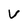
Character: V